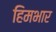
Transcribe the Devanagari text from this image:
हिमभार